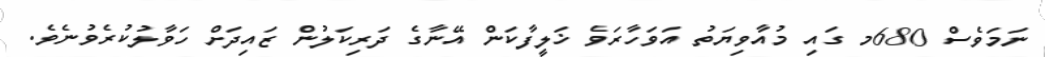
ނަމަވެސް 680މ ގައި މުއާވިޔަތު އަވަހާރަވެ ޚަލީފާކަން އޭނާގެ ދަރިކަލުން ޒައިދަށް ހަވާލުކުރެވުނެވެ.